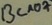
Text: BC107